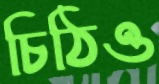
চিঠিও